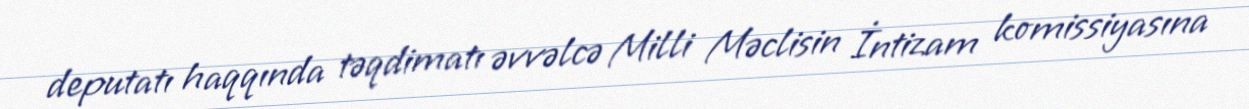
deputatı haqqında təqdimatı əvvəlcə Milli Məclisin İntizam komissiyasına